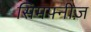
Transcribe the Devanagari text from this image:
सिमफ्नीज़